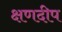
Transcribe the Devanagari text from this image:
क्षणदीप